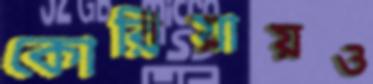
কোরিয়ায়ও